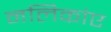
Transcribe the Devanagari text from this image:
नलिकांए